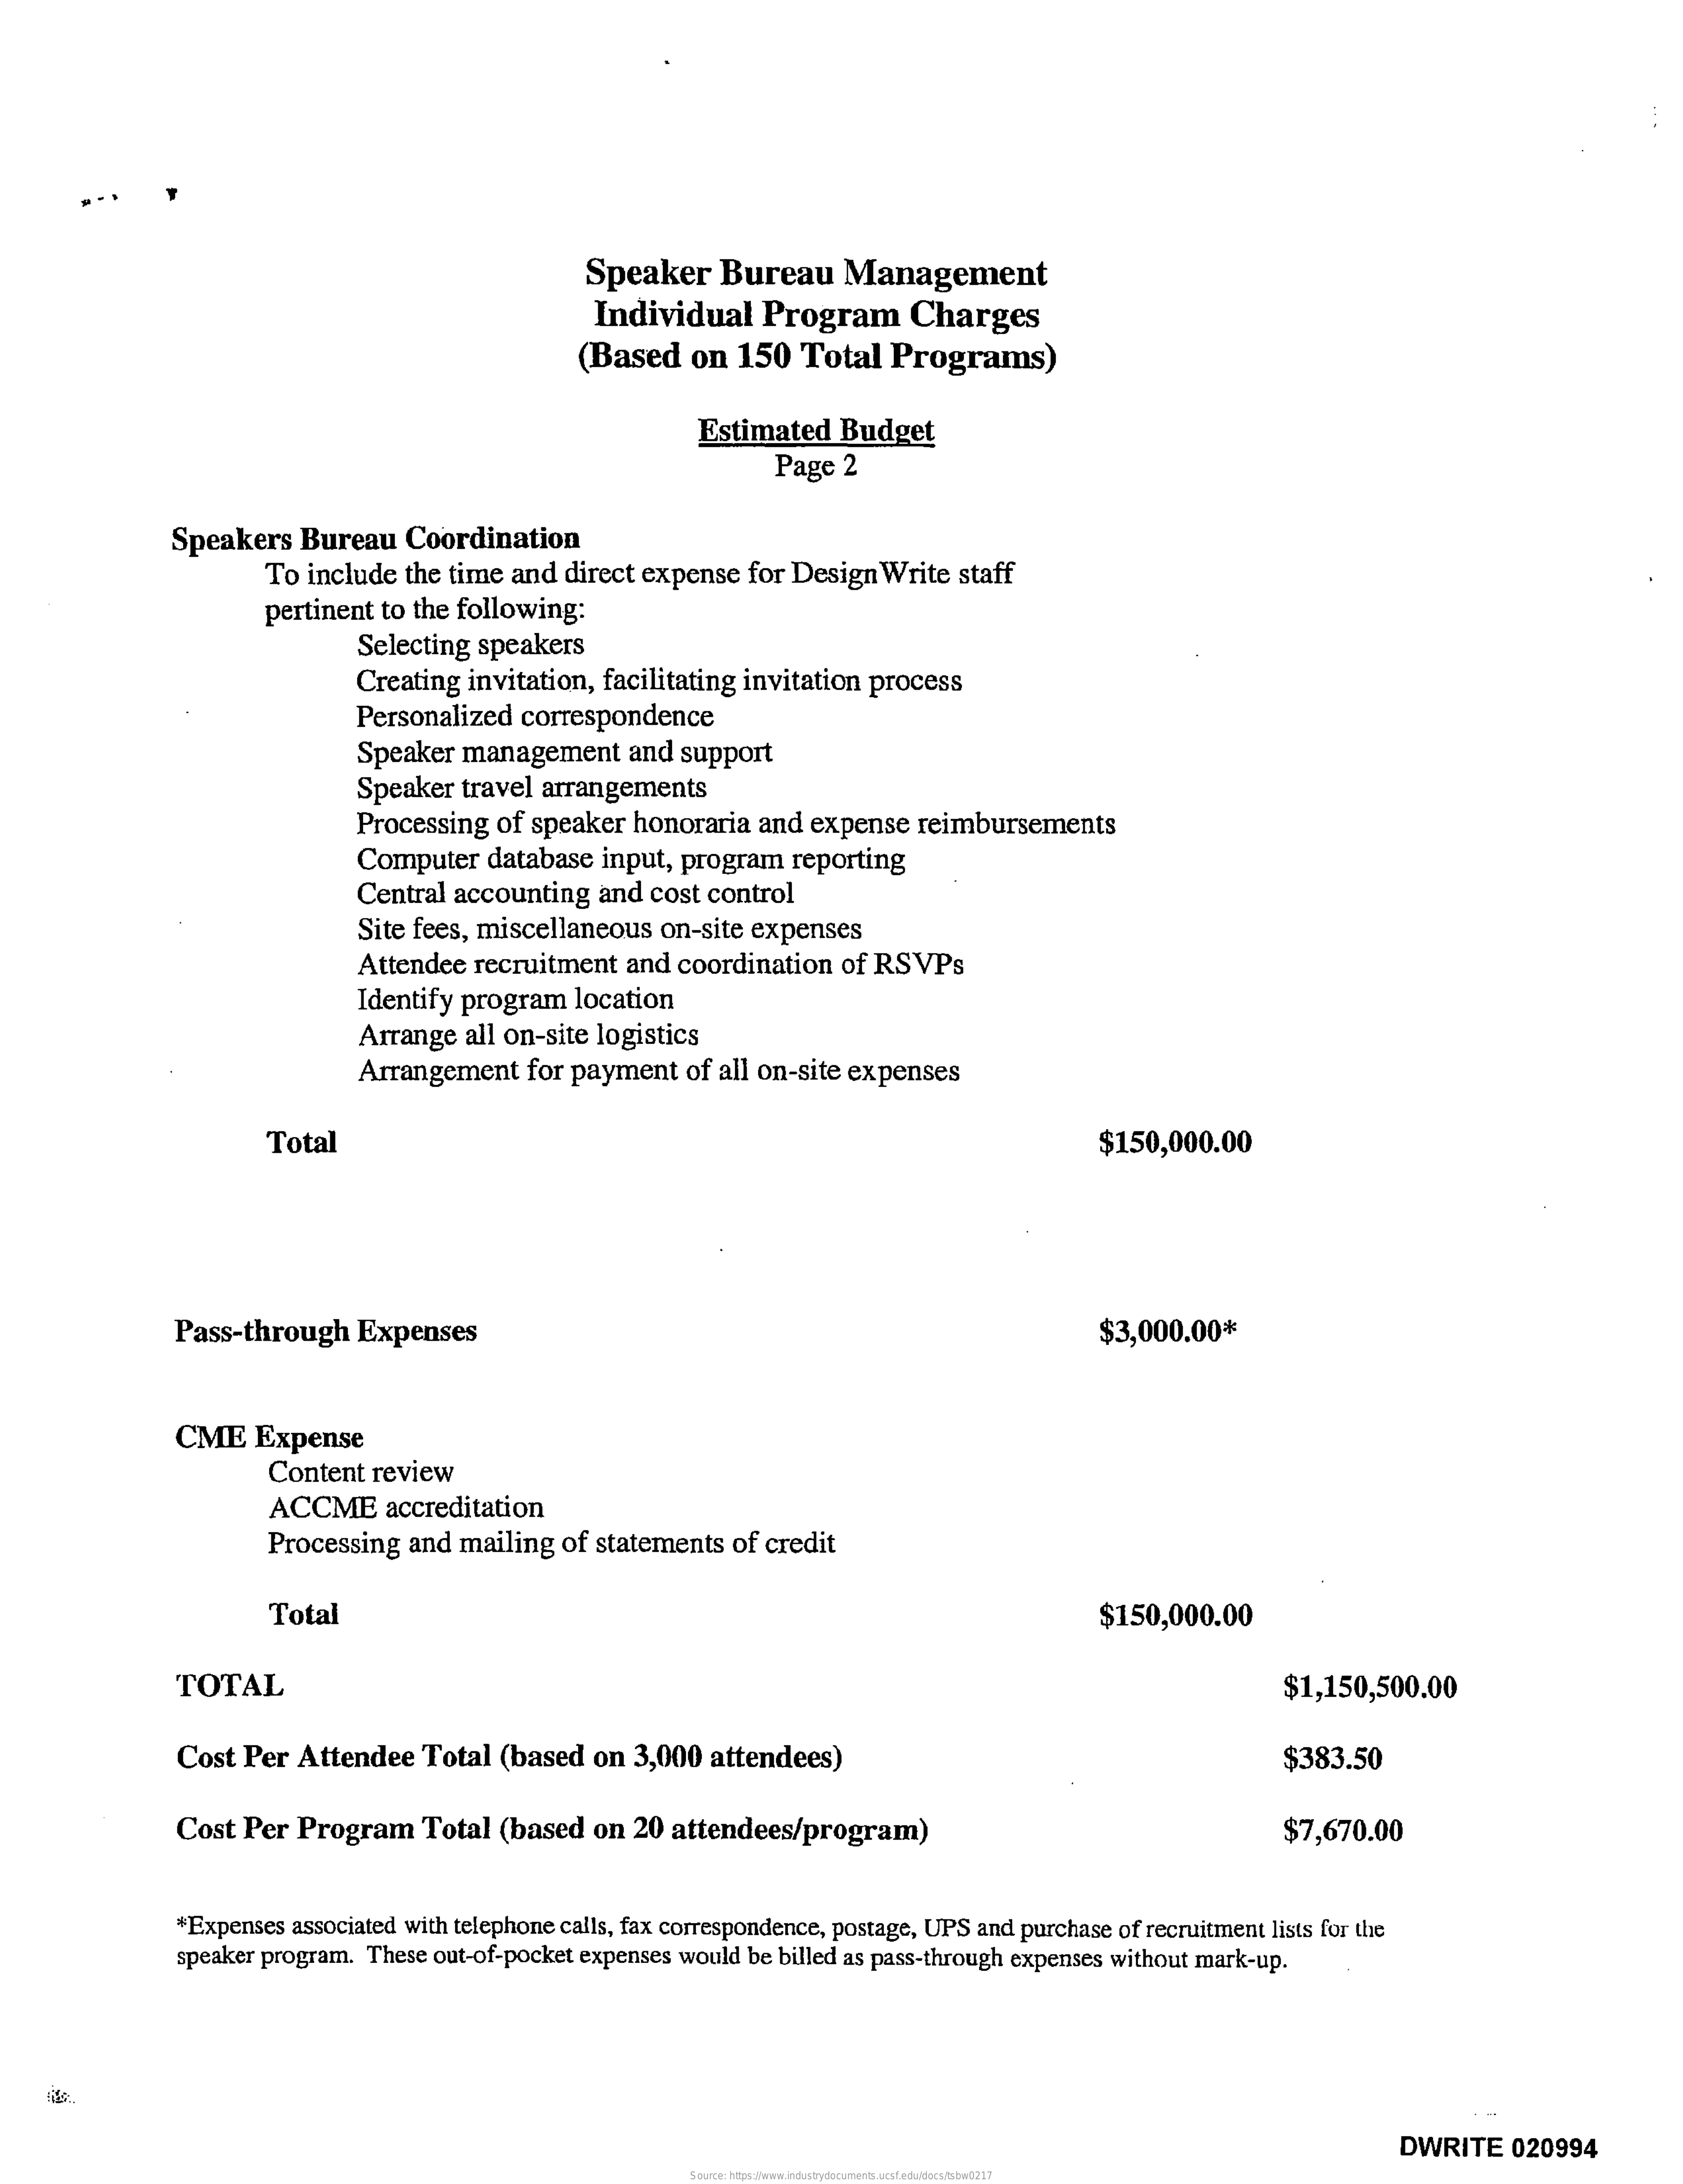
Speaker    Bureau    Management
     Individual    Program    Charges
     (Based   on  150   Total  Programs)
     Estimated   Budget
     Page 2
     Speakers  Bureau   Coordination
     To include the time and  direct expense for Design  Write staff
     pertinent to the following:
     Selecting speakers
     Creating invitation, facilitating invitation process
     Personalized  correspondence
     Speaker  management    and  support
     Speaker  travel arrangements
     Processing  of speaker honoraria  and expense  reimbursements
     Computer   database  input, program  reporting
     Central accounting   and cost control
     Site fees, miscellaneous  on-site expenses
     Attendee recruitment  and coordination  of RSVPs
     Identify program  location
     Arrange  all on-site logistics
     Arrangement  for payment   of all on-site expenses
     Total    $150,000.00
     Pass-through   Expenses    $3,000.00*
     CME   Expense
     Content  review
     ACCME    accreditation
     Processing  and mailing of statements  of credit
     Total    $150,000.00
     TOTAL    $1,150,500.00
     Cost Per  Attendee   Total (based  on  3,000 attendees)    $383.50
     Cost Per  Program    Total (based  on 20  attendees/program)    $7,670.00
     *Expenses associated with telephone calls, fax correspondence, postage, UPS and purchase of recruitment lists for the
     speaker program. These out-of-pocket expenses would be billed as pass-through expenses without mark-up.
     DWRITE   020994
     Source: https://www.industrydocuments.ucsf.edu/docs/tsbw0217